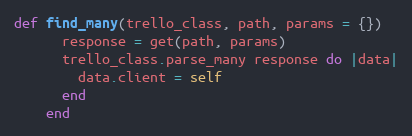
Language: Ruby
def find_many(trello_class, path, params = {})
      response = get(path, params)
      trello_class.parse_many response do |data|
        data.client = self
      end
    end